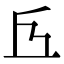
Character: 𠀈